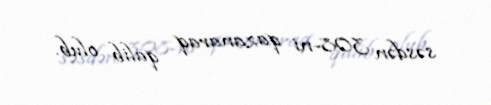
səsdən 308-ni qazanaraq qalib olub.